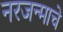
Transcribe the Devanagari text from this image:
नरजन्माचे